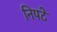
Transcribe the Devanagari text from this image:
निपटे